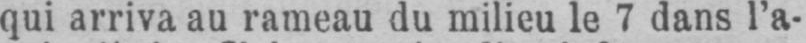
qui arriva au rameau du milieu le 7 dans l’a-